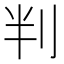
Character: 判